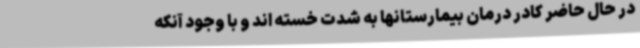
در حال حاضر کادر درمان بیمارستانها به شدت خسته اند و با وجود آنکه